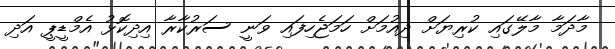
މާދަމާ މާލޭގައި ކުރިޔަށް ދިއުމަށް ހަމަޖެހިފައި ވަނީ ސަރުކާރާ އިދިކޮޅު އެމްޑީޕީ އަދި